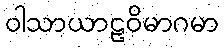
ဝါသာယာဠဝိမာဂမာ